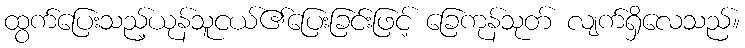
ထွက်ပြေးသည့်ယုန်သူငယ်၏ပြေးခြင်းဖြင့် ခြေကုန်သုတ် လျက်ရှိလေသည်။